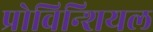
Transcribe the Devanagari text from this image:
प्रोविन्शियल